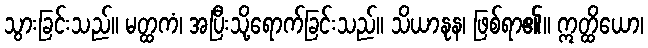
သွားခြင်းသည်။ မတ္ထကံ၊ အပြီးသို့ရောက်ခြင်းသည်။ သိယာနုန၊ ဖြစ်ရာ၏။ ဣတ္ထိယော၊